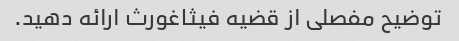
توضیح مفصلی از قضیه فیثاغورث ارائه دهید.